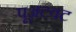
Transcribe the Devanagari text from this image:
पूअटवट